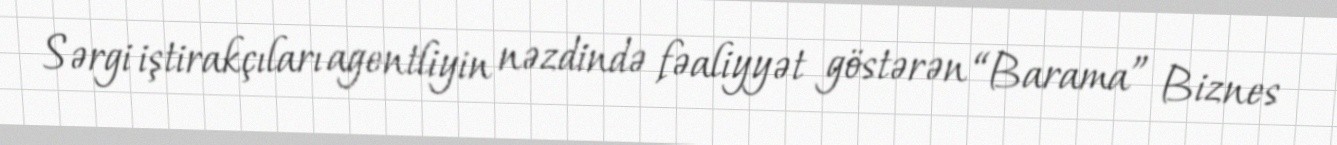
Sərgi iştirakçıları agentliyin nəzdində fəaliyyət göstərən “Barama” Biznes